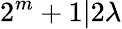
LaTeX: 2^{m}+1|2\lambda